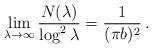
LaTeX: \begin{align*}\lim_{\lambda\to\infty}\frac{N(\lambda)}{\log^{2}\lambda}=\frac{1}{(\pi b)^2}\,.\end{align*}